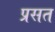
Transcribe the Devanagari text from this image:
प्रसत